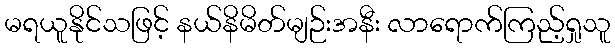
မရယူနိုင်သဖြင့် နယ်နိမိတ်မျဉ်းအနီး လာရောက်ကြည့်ရှုသူ